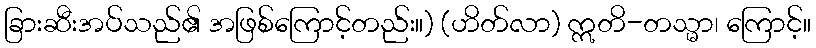
ခြားဆီးအပ်သည်၏ အဖြစ်ကြောင့်တည်း။) (ဟိတ်လာ) ဣတိ-တသ္မာ၊ ကြောင့်။